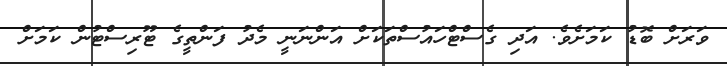
ވަރަށް ބޮޑު ކަމަށެވެ. އަދި ގެސްޓްހައުސްތަކަށް އަންނަނީ މެދު ފަންތީގެ ޓޫރިސްޓުން ކަމަށް